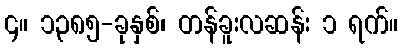
၄။ ၁၃၈၅-ခုနှစ်၊ တန်ခူးလဆန်း ၁ ရက်။